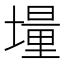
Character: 𡑆